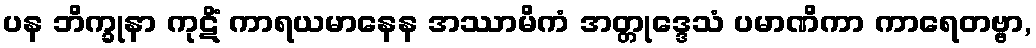
ပန ဘိက္ခုနာ ကုဋိံ ကာရယမာနေန အဿာမိကံ အတ္တုဒ္ဒေသံ ပမာဏိကာ ကာရေတဗ္ဗာ,